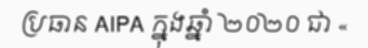
ប្រធាន AIPA ក្នុងឆ្នាំ ២០២០ ជា «